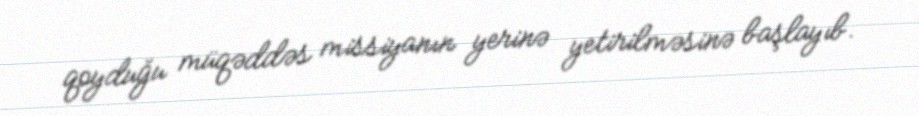
qoyduğu müqəddəs missiyanın yerinə yetirilməsinə başlayıb.